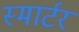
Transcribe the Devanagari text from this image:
स्मार्टर